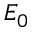
E _ { 0 }